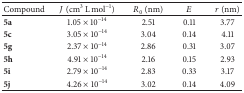
<table><thead><tr><td><b>Compound</b></td><td><b><i>J</i> (cm<sup>3</sup> L mol<sup>−1</sup>)</b></td><td><b><i>R</i><sub>0</sub> (nm)</b></td><td><b><i>E</i></b></td><td><b><i>r</i> (nm)</b></td></tr></thead><tbody><tr><td><b>5a</b></td><td>1.05 × 10<sup>−14</sup></td><td>2.51</td><td>0.11</td><td>3.77</td></tr><tr><td><b>5c</b></td><td>3.05 × 10<sup>−14</sup></td><td>3.04</td><td>0.14</td><td>4.11</td></tr><tr><td><b>5g</b></td><td>2.37 × 10<sup>−14</sup></td><td>2.86</td><td>0.31</td><td>3.07</td></tr><tr><td><b>5h</b></td><td>4.91 × 10<sup>−14</sup></td><td>2.16</td><td>0.15</td><td>2.93</td></tr><tr><td><b>5i</b></td><td>2.79 × 10<sup>−14</sup></td><td>2.83</td><td>0.33</td><td>3.17</td></tr><tr><td><b>5j</b></td><td>4.26 × 10<sup>−14</sup></td><td>3.02</td><td>0.14</td><td>4.09</td></tr></tbody></table>